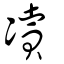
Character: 凟